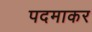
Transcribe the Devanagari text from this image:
पदमाकर